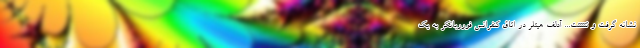
نشانه گرفت و تتتتتت... آدلف هیتلر در اتاق کنفرانس فورربانکر به یک